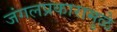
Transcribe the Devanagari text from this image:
जंगलप्रकारामुळे